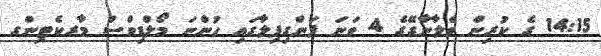
14:15 ގެ ކުރިން ވެލާނާގޭގެ 4 ވަނަ ފަންގިފިލާގައި ހުންނަ މޯލްޑިވްސް މާރކެޓިންގ